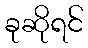
ခုဆိုရင်